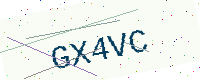
Text: GX4VC